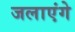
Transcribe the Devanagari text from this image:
जलाएंगे